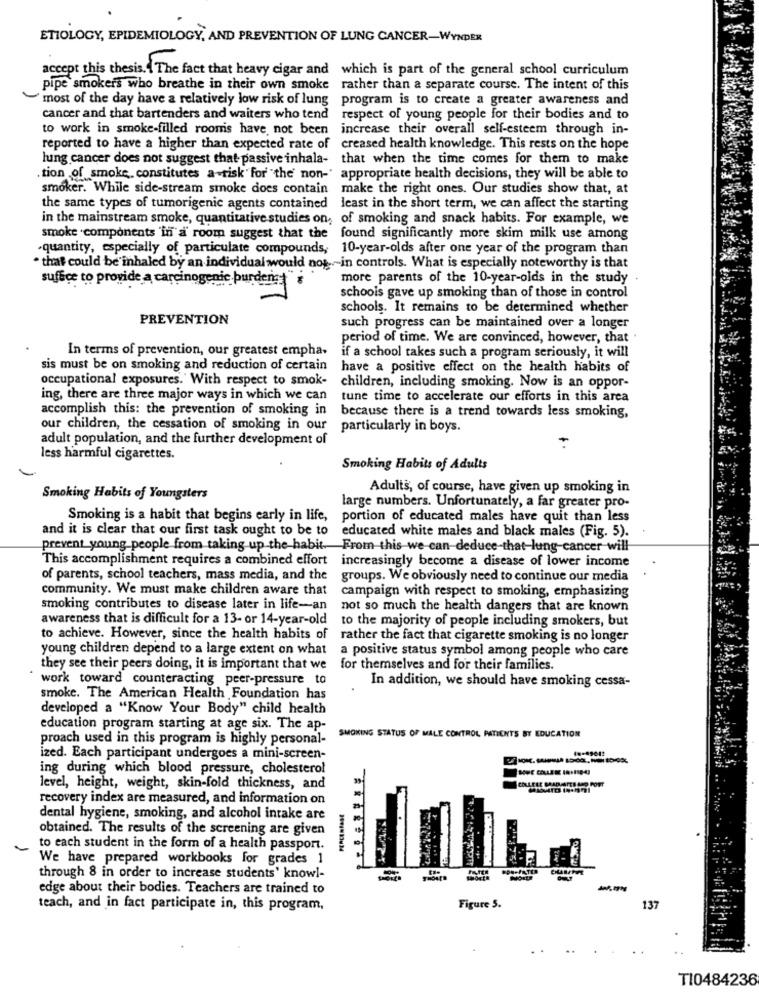
ETIOLOGY, EPIDEMIOLOGY, AND PREVENTION OF LUNG CANCER-WYNDER
accept this thesis. ( The fact that heavy cigar and which is part of the general school curriculum
pipe smokers who breathe in their own smoke rather than a separate course. The intent of this
"most of the day have a relatively low risk of lung program is to create a greater awareness and
cancer and that bartenders and waiters who tend
respect of young people for their bodies and to
to work in smoke-filled rooms have not been increase their overall self-esteem through in-
reported to have a higher than expected rate of
creased health knowledge. This rests on the hope
lung cancer does not suggest that passive inhala- that when the time comes for them to make
.tion of smoke, constitutes a-risk for "the non- appropriate health decisions, they will be able to
smoker. While side-stream smoke does contain make the right ones. Our studies show that, at
the same types of tumorigenic agents contained least in the short term, we can affect the starting
in the mainstream smoke, quantitative studies on, of smoking and snack habits. For example, we
smoke .components 'in a room suggest that the found significantly more skim milk use among
.quantity, especially of particulate compounds, 10-year-olds after one year of the program than
that could be inhaled by an individual would not -in controls. What is especially noteworthy is that
suffice to provide a carcinogenic burdenst"
more parents of the 10-year-olds in the study
schools gave up smoking than of those in control
schools. It remains to be determined whether
PREVENTION
such progress can be maintained over a longer
period of time. We are convinced, however, that
In terms of prevention, our greatest empha.
if a school takes such a program seriously, it will
sis must be on smoking and reduction of certain
have a positive effect on the health habits of
occupational exposures. With respect to smok-
children, including smoking. Now is an oppor-
ing, there are three major ways in which we can
tune time to accelerate our efforts in this area
accomplish this: the prevention of smoking in
because there is a trend towards less smoking,
our children, the cessation of smoking in our
particularly in boys.
adult population, and the further development of
less harmful cigarettes.
Smoking Habits of Adults
Adults, of course, have given up smoking in
Smoking Habits of Youngsters
large numbers. Unfortunately, a far greater pro-
Smoking is a habit that begins early in life, portion of educated males have quit than less
and it is clear that our first task ought to be to
educated white males and black males (Fig. 5).
prevent_young people from taking up the habit. From this we can-deduce-that-lung cancer will
This accomplishment requires a combined effort increasingly become a disease of lower income
of parents, school teachers, mass media, and the
groups. We obviously need to continue our media
community. We must make children aware that
campaign with respect to smoking, emphasizing
smoking contributes to disease later in life-an
not so much the health dangers that are known
awareness that is difficult for a 13- or 14-year-old
to the majority of people including smokers, but
to achieve. However, since the health habits of rather the fact that cigarette smoking is no longer
young children depend to a large extent on what
a positive status symbol among people who care
they see their peers doing, it is important that we
for themselves and for their families.
work toward counteracting peer-pressure to
In addition, we should have smoking cessa-
smoke. The American Health Foundation has
developed a "Know Your Body" child health
education program starting at age six. The ap-
proach used in this program is highly personal-
SMOKING STATUS OF MALE CONTROL PATIENTS BY EDUCATION
48-49612
ized. Each participant undergoes a mini-screen-
ing during which blood pressure, cholesterol
level, height, weight, skin-fold thickness, and
recovery index are measured, and information on
dental hygiene, smoking, and alcohol intake are
obtained. The results of the screening are given
to each student in the form of a health passport.
We have prepared workbooks for grades 1
through 8 in order to increase students' knowl-
edge about their bodies. Teachers are trained to
teach, and in fact participate in, this program,
Figure 5.
137
. .
TI0484236